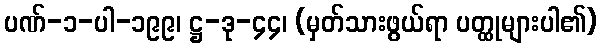
ပဏ်-၁-ပါ-၁၉၉၊ ဋ္ဌ-ဒု-၄၄၊ (မှတ်သားဖွယ်ရာ ပတ္ထုများပါ၏)